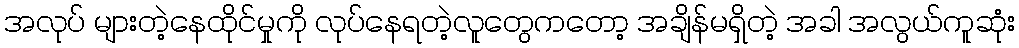
အလုပ် များတဲ့နေထိုင်မှုကို လုပ်နေရတဲ့လူတွေကတော့ အချိန်မရှိတဲ့ အခါ အလွယ်ကူဆုံး